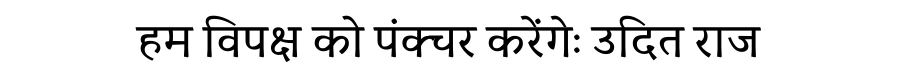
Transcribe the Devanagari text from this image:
हम विपक्ष को पंक्चर करेंगेः उदित राज